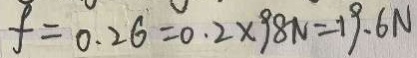
f = 0 . 2 6 = 0 . 2 \times 9 8 N = 1 9 . 6 N